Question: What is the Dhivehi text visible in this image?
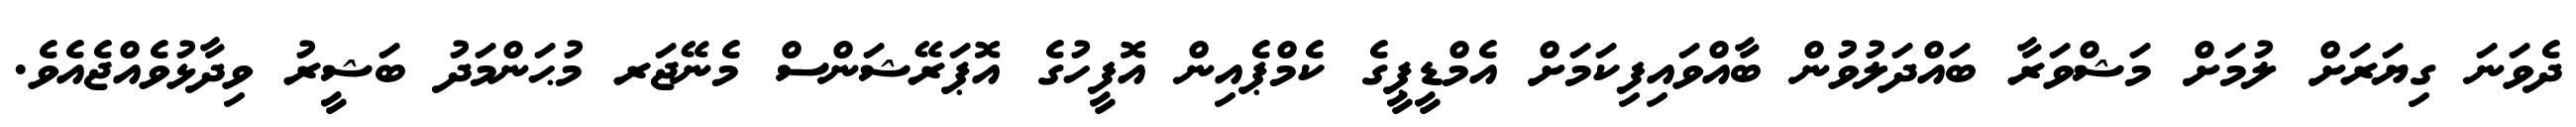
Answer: ދެވަނަ ގިޔަރަށް ލުމަށް މަޝްވަރާ ބައްދަލުވުން ބާއްވައިފިކަމަށް އެމްޑީޕީގެ ކެމްޕެއިން އޮފީހުގެ އޮޕަރޭޝަންސް މެނޭޖަރ މުޙަންމަދު ބަޝީރު ވިދާޅުވެއްޖެއެވެ.